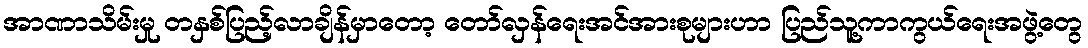
အာဏာသိမ်းမှု တနှစ်ပြည့်လာချိန်မှာတော့ တော်လှန်ရေးအင်အားစုများဟာ ပြည်သူ့ကာကွယ်ရေးအဖွဲ့တွေ